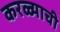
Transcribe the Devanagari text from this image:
करळ्याची